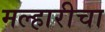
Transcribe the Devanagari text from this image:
मल्हारीचा